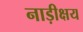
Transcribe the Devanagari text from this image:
नाड़ीक्षय